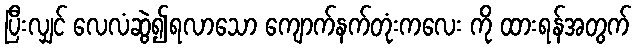
ပြီးလျှင် လေလံဆွဲ၍ရလာသော ကျောက်နက်တုံးကလေး ကို ထားရန်အတွက်